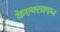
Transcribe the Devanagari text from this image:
केएक्सएएन